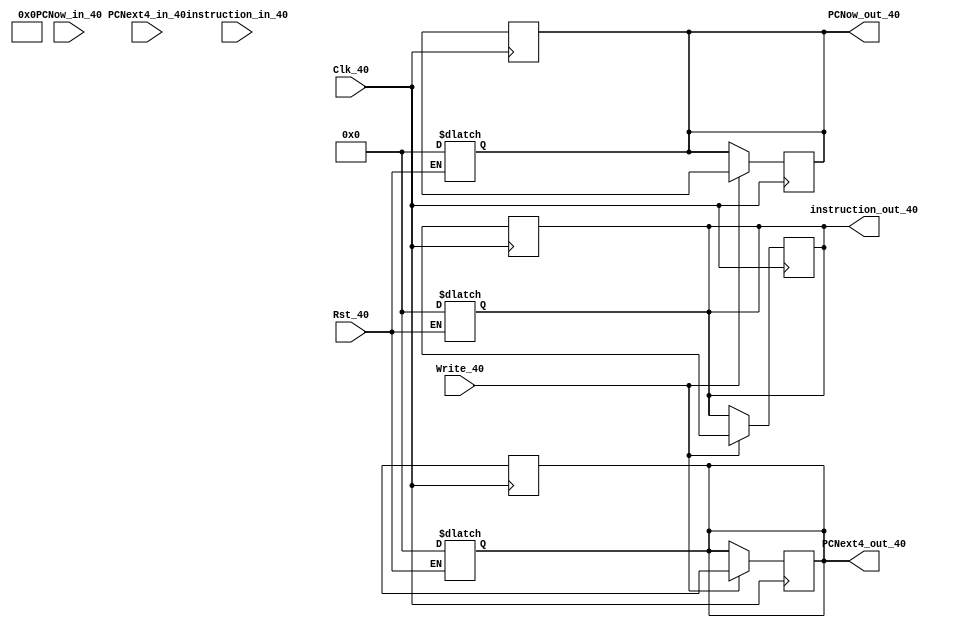
module IF_ID_REG(
    input Clk_40,
    input Rst_40,
    input Write_40,
    input [31:0] instruction_in_40,
    input [31:0] PCNow_in_40,
    input [31:0] PCNext4_in_40,
    output reg [31:0] instruction_out_40,
    output reg [31:0] PCNow_out_40,
    output reg [31:0] PCNext4_out_40
);

reg [31:0] instruction_outB_40, PCNow_outB_40, PCNext4_outB_40;
	
always@(Rst_40)
begin
    if (Rst_40 == 1) begin
        instruction_out_40 <= 32'b0;
        PCNext4_out_40 <= 32'b0;
        PCNow_out_40 <= 0;
    end else if (Rst == 0) begin
        instruction_out_40 <= instruction_out_40;
        PCNext4_out_40 <= PCNext4_out_40;
        PCNow_out_40 <= PCNow_out_40;
    end
end

always@(posedge Clk_40)
begin
    if (Write_40) begin
        instruction_out_40 <= instruction_i_40;
        PCNext4_out_40 <= PCNext4_i_40;
        PCNow_out_40 <= PCNow_i_40;
    end
end

always@(negedge Clk_40) begin
    instruction_out_40 <= instruction_i_40;
    PCNext4_out_40 <= PCNext4_i_40;
    PCNow_out_40 <= PCNow_i_40;
end
endmodule